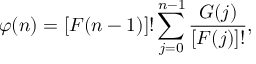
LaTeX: \varphi ( n ) = [ F ( n - 1 ) ] ! \sum _ { j = 0 } ^ { n - 1 } \frac { G ( j ) } { [ F ( j ) ] ! } ,